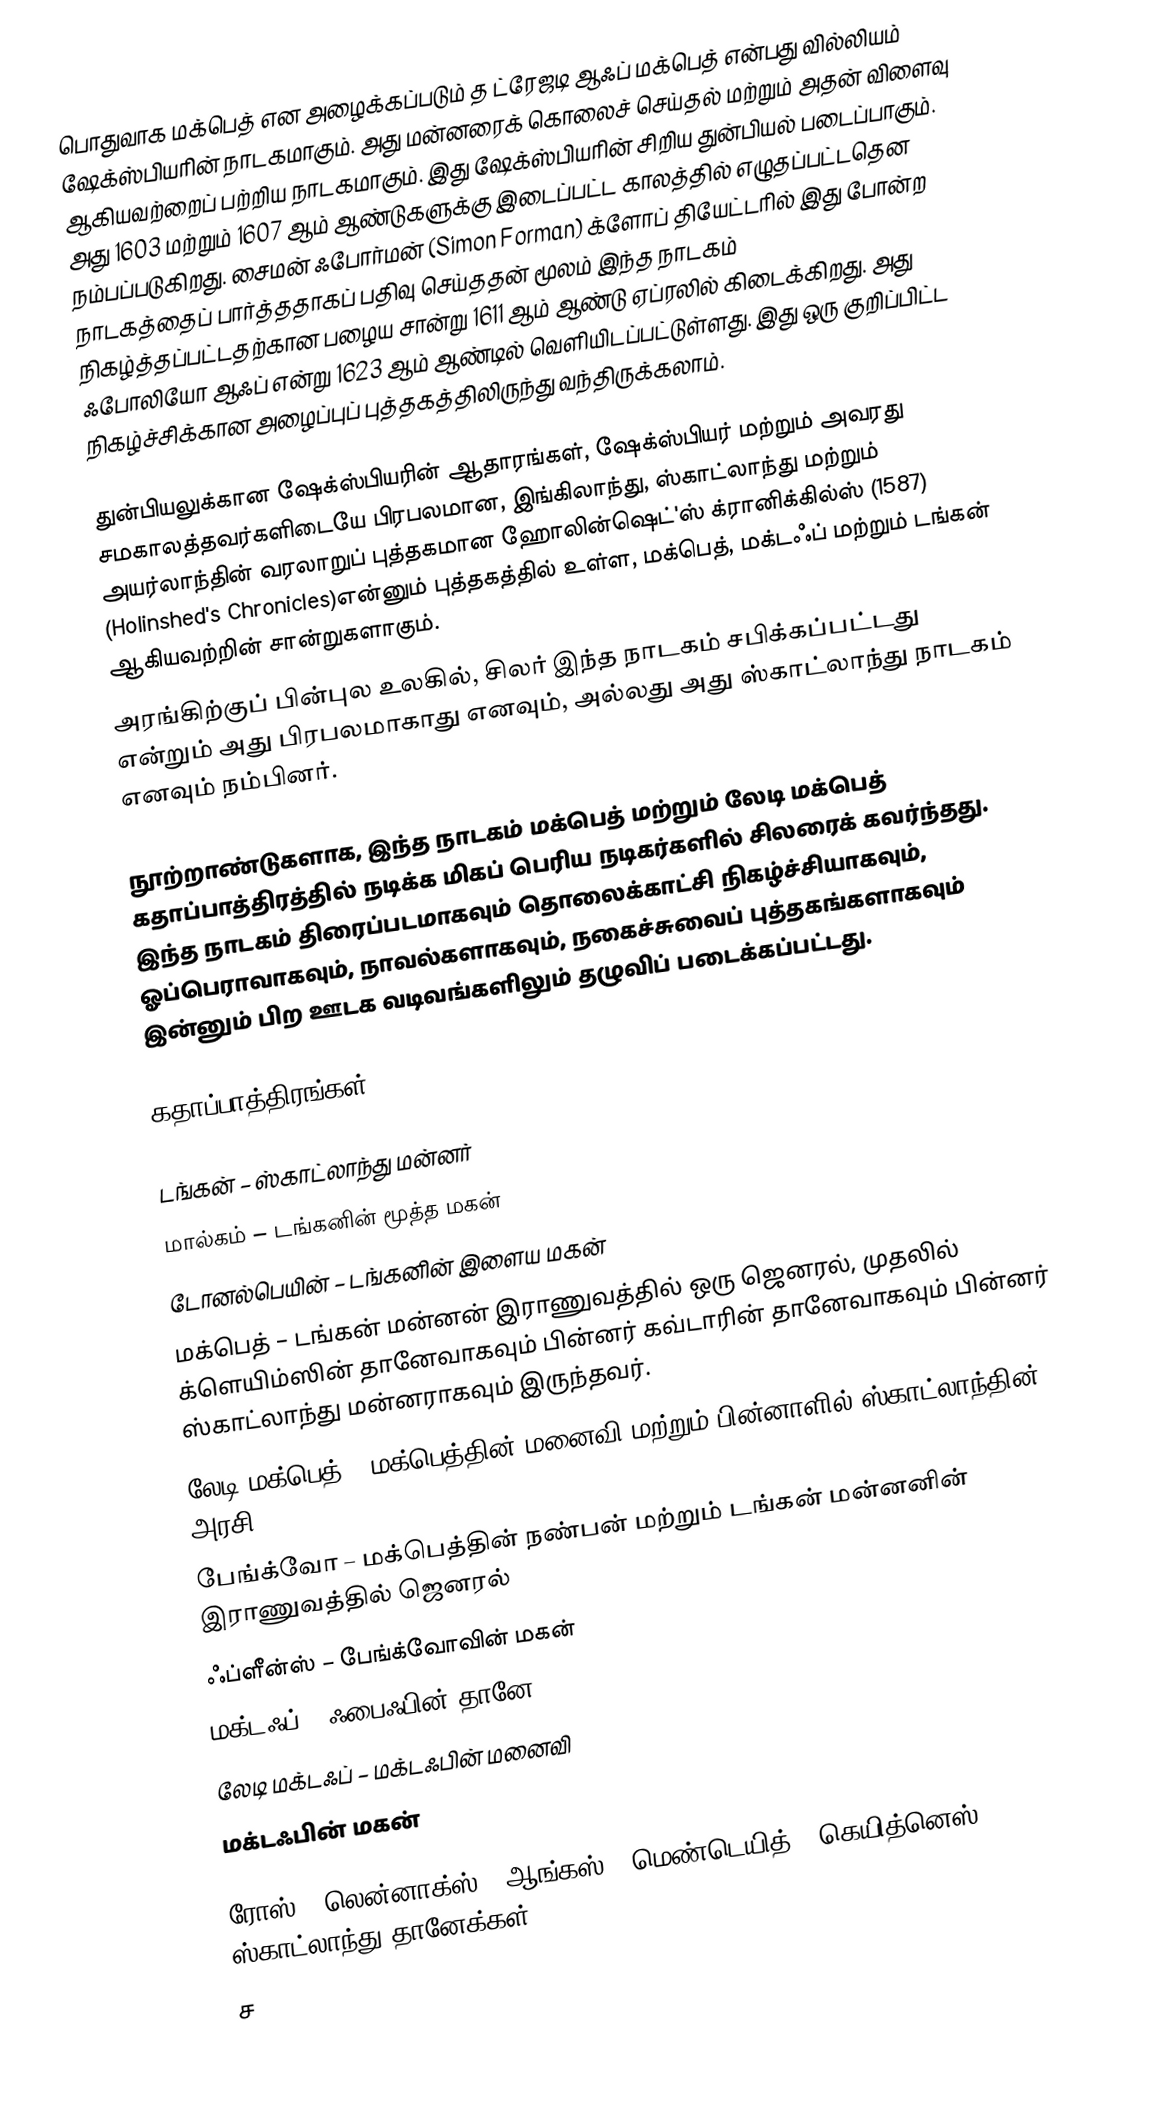
பொதுவாக மக்பெத்  என அழைக்கப்படும் த ட்ரேஜடி ஆஃப் மக்பெத்  என்பது வில்லியம் ஷேக்ஸ்பியரின் நாடகமாகும். அது மன்னரைக் கொலைச் செய்தல் மற்றும் அதன் விளைவு ஆகியவற்றைப் பற்றிய நாடகமாகும். இது ஷேக்ஸ்பியரின் சிறிய துன்பியல் படைப்பாகும். அது 1603 மற்றும் 1607 ஆம் ஆண்டுகளுக்கு இடைப்பட்ட காலத்தில் எழுதப்பட்டதென நம்பப்படுகிறது. சைமன் ஃபோர்மன் (Simon Forman) க்ளோப் தியேட்டரில் இது போன்ற நாடகத்தைப் பார்த்ததாகப் பதிவு செய்ததன் மூலம் இந்த நாடகம் நிகழ்த்தப்பட்டதற்கான பழைய சான்று 1611 ஆம் ஆண்டு ஏப்ரலில் கிடைக்கிறது. அது ஃபோலியோ ஆஃப் என்று 1623 ஆம் ஆண்டில் வெளியிடப்பட்டுள்ளது. இது ஒரு குறிப்பிட்ட நிகழ்ச்சிக்கான அழைப்புப் புத்தகத்திலிருந்து வந்திருக்கலாம்.

துன்பியலுக்கான ஷேக்ஸ்பியரின் ஆதாரங்கள், ஷேக்ஸ்பியர் மற்றும் அவரது சமகாலத்தவர்களிடையே பிரபலமான, இங்கிலாந்து, ஸ்காட்லாந்து மற்றும் அயர்லாந்தின் வரலாறுப் புத்தகமான ஹோலின்ஷெட்'ஸ் க்ரானிக்கில்ஸ் (1587) (Holinshed's Chronicles)என்னும் புத்தகத்தில் உள்ள, மக்பெத், மக்டஃப் மற்றும் டங்கன் ஆகியவற்றின் சான்றுகளாகும்.
அரங்கிற்குப் பின்புல உலகில், சிலர் இந்த நாடகம் சபிக்கப்பட்டது என்றும் அது பிரபலமாகாது எனவும், அல்லது அது ஸ்காட்லாந்து நாடகம் எனவும் நம்பினர்.

நூற்றாண்டுகளாக, இந்த நாடகம் மக்பெத் மற்றும் லேடி மக்பெத் கதாப்பாத்திரத்தில் நடிக்க மிகப் பெரிய நடிகர்களில் சிலரைக் கவர்ந்தது. இந்த நாடகம் திரைப்படமாகவும் தொலைக்காட்சி நிகழ்ச்சியாகவும், ஓப்பெராவாகவும், நாவல்களாகவும், நகைச்சுவைப் புத்தகங்களாகவும் இன்னும் பிற ஊடக வடிவங்களிலும் தழுவிப் படைக்கப்பட்டது.

கதாப்பாத்திரங்கள்

 டங்கன் – ஸ்காட்லாந்து மன்னர்
 மால்கம் – டங்கனின் மூத்த மகன்
 டோனல்பெயின் – டங்கனின் இளைய மகன்
 மக்பெத் – டங்கன் மன்னன் இராணுவத்தில் ஒரு ஜெனரல், முதலில் க்ளெயிம்ஸின் தானேவாகவும் பின்னர் கவ்டாரின் தானேவாகவும் பின்னர் ஸ்காட்லாந்து மன்னராகவும் இருந்தவர்.
 லேடி மக்பெத் – மக்பெத்தின் மனைவி மற்றும் பின்னாளில் ஸ்காட்லாந்தின் அரசி
 பேங்க்வோ – மக்பெத்தின் நண்பன் மற்றும் டங்கன் மன்னனின் இராணுவத்தில் ஜெனரல்
 ஃப்ளீன்ஸ் – பேங்க்வோவின் மகன்
 மக்டஃப் – ஃபைஃபின் தானே
 லேடி மக்டஃப் – மக்டஃபின் மனைவி
 மக்டஃபின் மகன்

 ரோஸ் , லென்னாக்ஸ் , ஆங்கஸ் , மெண்டெயித் , கெயித்னெஸ் – ஸ்காட்லாந்து தானேக்கள்
 ச